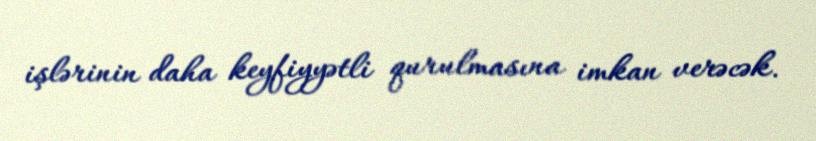
işlərinin daha keyfiyyətli qurulmasına imkan verəcək.